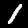
Digit: 1